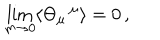
\lim _ { m \to 0 } \langle \Theta _ { \mu } \, ^ { \mu } \rangle = 0 \, ,